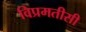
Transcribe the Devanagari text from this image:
विप्रमतीसी